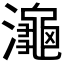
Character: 𪷾